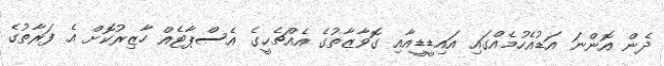
ދެން އޮންނަ އަޑުއެހުމެއްގައި އައިޑީޑީއާއި ގޮވާޒާތުގެ އެއްޗެހީގެ އެސްޕާޓެއް ހާޒިރުކޮށް އެ ފަރާތުގެ